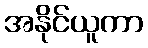
အနိုင်ယူကာ